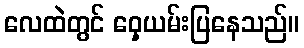
လေထဲတွင် ဝှေ့ယမ်းပြနေသည်။